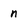
Character: n